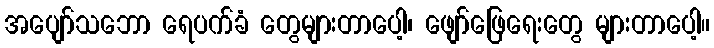
အပျော်သဘော ရေပက်ခံ တွေများတာပေါ့၊ ဖျော်ဖြေရေးတွေ များတာပေါ့။